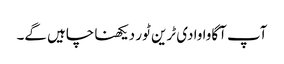
آپ آگاوا وادی ٹرین ٹور دیکھنا چاہیں گے۔